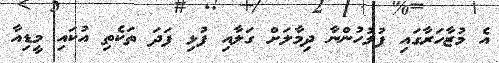
އެ މުޒާހަރާގައި ފުލުހުންނާ ދިމާލަށް ގަލާއި ފުޅި ފަދަ ތަކެތި އުކައި މީޑިއާ